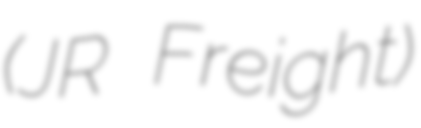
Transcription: (JR Freight)